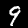
Label: 9